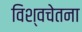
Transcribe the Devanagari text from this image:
विश्वचेतना